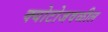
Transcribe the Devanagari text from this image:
क्योटोजवळील